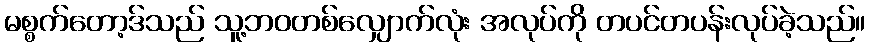
မစ္စက်တော့ဒ်သည် သူ့ဘဝတစ်လျှောက်လုံး အလုပ်ကို တပင်တပန်းလုပ်ခဲ့သည်။